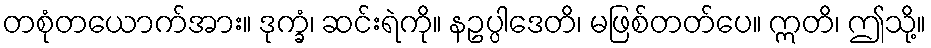
တစုံတယောက်အား။ ဒုက္ခံ၊ ဆင်းရဲကို။ နဥပ္ပါဒေတိ၊ မဖြစ်တတ်ပေ။ ဣတိ၊ ဤသို့။